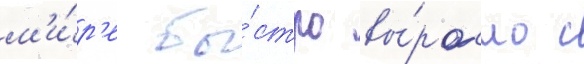
м'и́р'е бы́стро вы́росло с